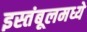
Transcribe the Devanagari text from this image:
इस्तंबूलमध्ये